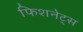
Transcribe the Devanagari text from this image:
फिशनेट्स